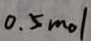
0 . 5 m o l